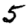
Digit: 5